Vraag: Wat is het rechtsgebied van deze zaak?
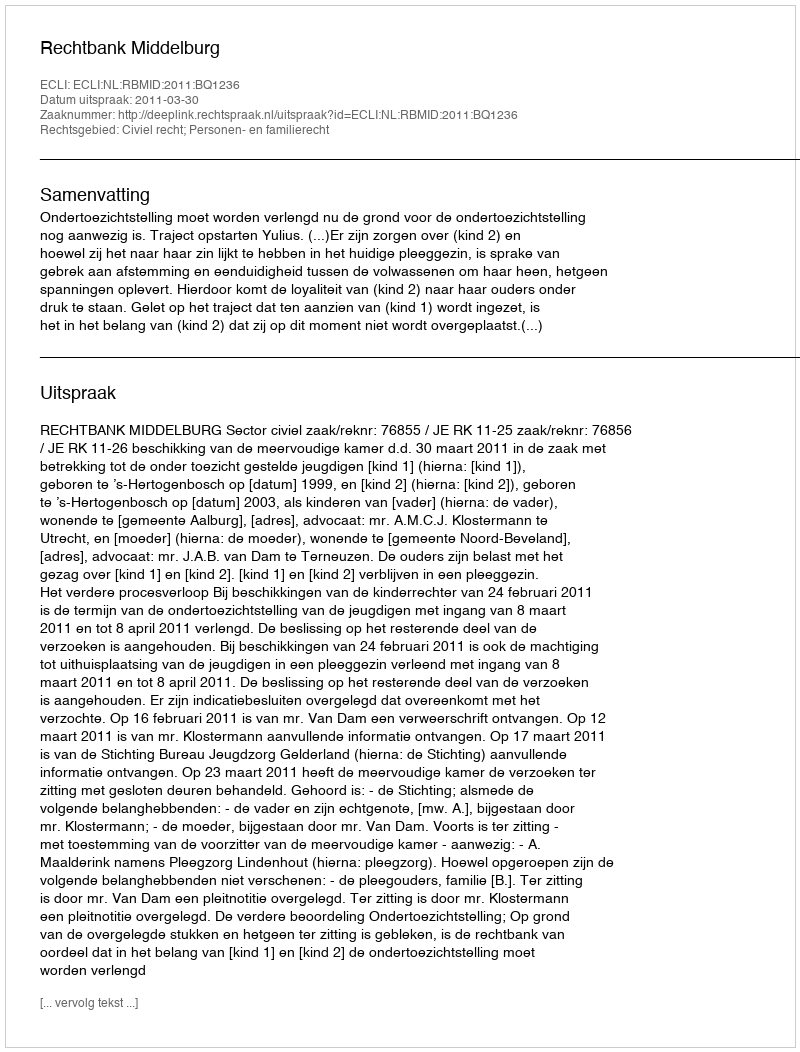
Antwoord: Civiel recht; Personen- en familierecht